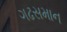
ગઢસમાન